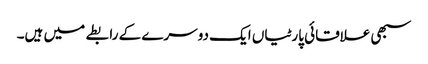
سبھی علاقائی پارٹیاں ایک دوسرے کے رابطے میں ہیں۔